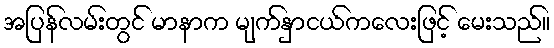
အပြန်လမ်းတွင် မာနာက မျက်နှာငယ်ကလေးဖြင့် မေးသည်။